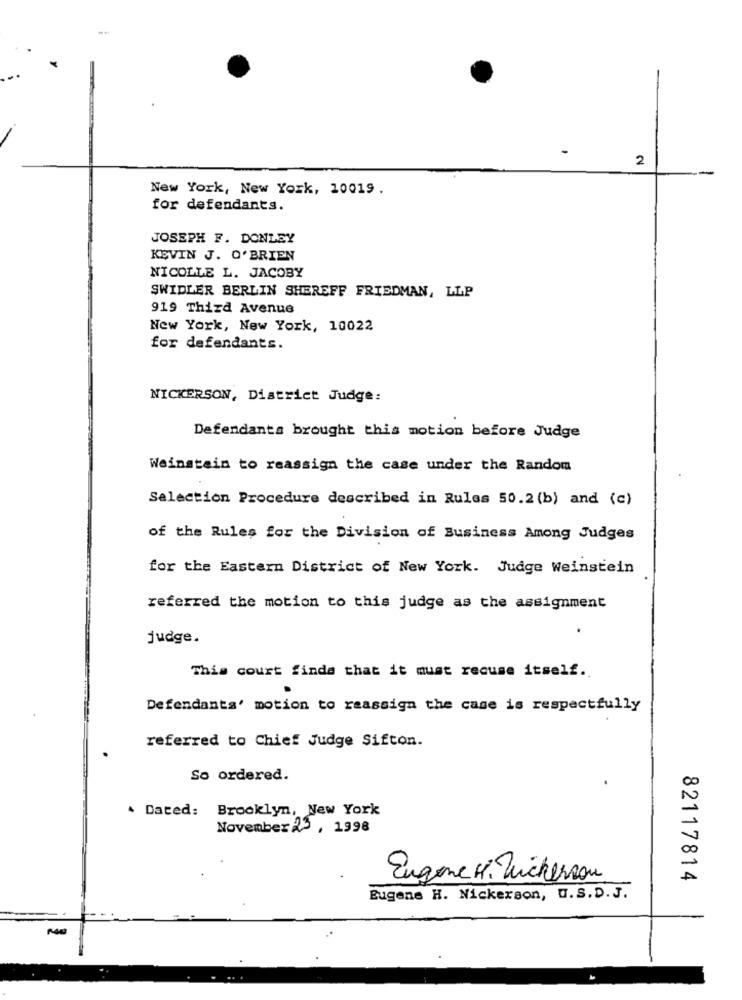
2
New York, New York, 10019 .
for defendants.
JOSEPH F. DONLEY
KEVIN J. O'BRIEN
NICOLLE L. JACOBY
SWIDLER BERLIN SHEREFF FRIEDMAN, LLP
919 Third Avenue
New York, New York, 10022
for defendants.
NICKERSON, District Judge:
Defendants brought this motion before Judge
Weinstein to reassign the case under the Random
Selection Procedure described in Rules 50.2 (b) and (c)
of the Rules for the Division of Business Among Judges
for the Eastern District of New York. Judge Weinstein
referred the motion to this judge as the assignment
judge.
This court finde that it must recuse itself.
Defendants' motion to reassign the case is respectfully
referred to Chief Judge Sifton.
So ordered.
. Dated: Brooklyn, New York
November2 , 1998
Eugene H. Vicherson
82117814
Eugene H. Nickerson, U.S.D.J.